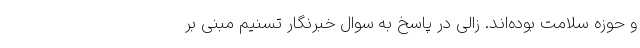
و حوزه سلامت بوده‌اند‌. زالی در پاسخ به سوال خبرنگار تسنیم مبنی بر